Sanitation, dispensaries and jails vaccination Rajputana 1922-1927 - 1922-1927
Year: 1922
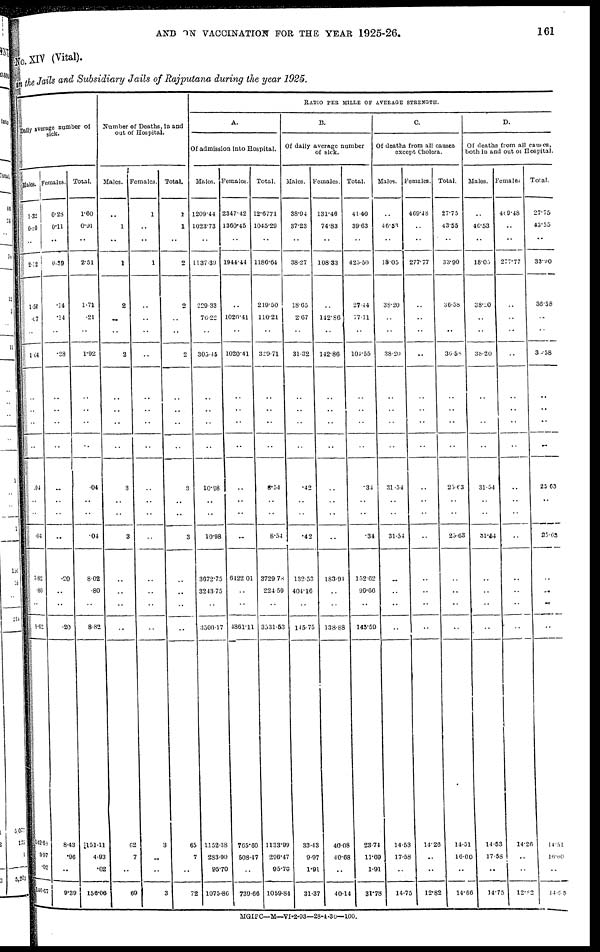
AND ON VACCINATION FOR THE YEAR 1925-26.
161
No. XIV (Vital).
in the Jails and Subsidiary Jails of Rajputana during the year 1925.
Daily average number of
sick.
Males.
1.32
0.80
..
2.12
1.57
.17
..
1.64
..
..
..
..
.04
..
..
.04
7.82
.80
..
8.62
142.68
3.97
.02
146.67
Females.
0.28
0.11
..
0.39
.14
.14
..
.28
..
..
..
..
..
..
..
..
.20
..
..
.20
8.43
.96
..
9.39
Total.
1.60
0.91
..
2.51
1.71
.21
..
1.92
..
..
..
..
.04
..
..
.04
8.02
.80
..
8.82
151.11
4.93
.02
156.06
Number of Deaths, in and
out of Hospital.
Males.
..
1
..
1
2
..
..
2
..
..
..
..
3
..
..
3
..
..
..
..
62
7
..
69
Females.
1
..
..
1
..
..
..
..
..
..
..
..
..
..
..
..
..
..
..
..
3
..
..
3
Total.
1
1
..
2
2
..
..
2
..
..
..
..
3
..
..
3
..
..
..
..
65
7
..
72
RATIO PER MILLE OF AVERAGE STRENGTH.
A.
Of admission into Hospital.
Males.
1209.44
1023.73
..
1137.39
229.33
76.22
..
305.46
..
..
..
..
10.98
..
..
10.98
3672.75
3243.75
..
3500.17
1152.38
283.90
95.70
1075.86
Females.
2347.42
1360.45
..
1944.44
..
1020.41
..
1020.41
..
..
..
..
..
..
..
..
6422.01
..
..
4861.11
765.60
508.47
..
739.66
Total.
12.6771
1045.29
..
1186.64
219.50
110.21
..
329.71
..
..
..
..
8.54
..
..
8.54
3729.78
224.59
..
3531.53
1133.99
296.47
95.70
1059.84
B.
Of daily average number
of sick.
Males.
38.94
37.23
..
38.27
18.65
2.67
..
31.32
..
..
..
..
.42
..
..
.42
132.53
404.16
..
145.75
33.43
9.97
1.91
31.37
Females.
131.46
74.83
..
108.33
..
142.86
..
142.86
..
..
..
..
..
..
..
..
183.94
..
..
138.88
40.08
40.68
..
40.14
Total.
41.40
39.63
..
425.50
27.44
77.11
..
104.55
..
..
..
..
.34
..
..
.34
152.62
99.66
..
145.59
23.74
11.69
1.91
31.78
C.
Of deaths from all causes
except Cholera.
Males.
..
46.53
..
18.05
38.20
..
..
38.20
..
..
..
..
31.54
..
..
31.54
..
..
..
..
14.53
17.58
..
14.75
Females.
469.48
..
..
277.77
..
..
..
..
..
..
..
..
..
..
..
..
..
..
..
..
14.26
..
..
12.82
Total.
27.75
43.55
..
33.90
36.58
..
..
36.58
..
..
..
..
25.63
..
..
25.63
..
..
..
..
14.51
16.60
..
14.66
D.
Of deaths from all causes,
both in and out of Hospital.
Males.
..
46.53
..
18.05
38.20
..
..
38.20
..
..
..
..
31.54
..
..
31.54
..
..
..
..
14.53
17.58
..
14.75
Females.
469.48
..
..
277.77
..
..
..
..
..
..
..
..
..
..
..
..
..
..
..
..
14.26
.. ..
12.82
Total.
27.75
43.55
..
33.90
36.58
..
..
36.58
..
..
..
..
25.63
..
..
25.63
..
..
..
..
14.51
16.60
..
14.95
MGIPC—M—VI-2-93—28-4-30—100.